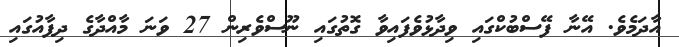
އާދަމެވެ. އޭނާ ފޭސްބުކްގައި ވިދާޅުވެފައިވާ ގޮތުގައި ނޫސްވެރިން 27 ވަނަ މާއްދާގެ ދިފާއުގައި